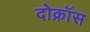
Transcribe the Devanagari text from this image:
दोक्रॉस